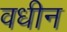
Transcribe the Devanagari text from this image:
वधीन